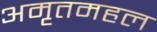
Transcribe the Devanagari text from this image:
अमृतमहल